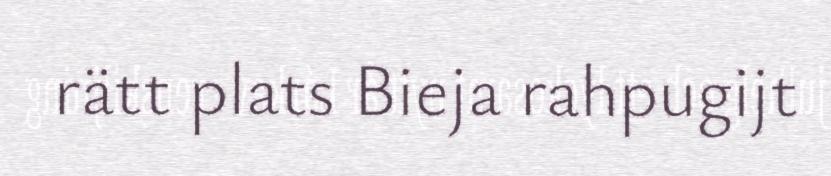
rätt plats Bieja rahpugijt